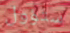
ستؤول